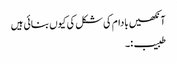
آنکھیں بادام کی شکل کی کیوں بنائی ہیں
طبیب:۔